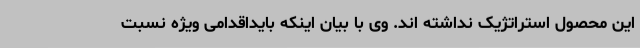
این محصول استراتژیک نداشته اند. وی با بیان اینکه بایداقدامی ویژه نسبت